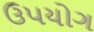
ઉ૫યોગ